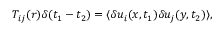
T _ { i j } ( r ) \delta ( t _ { 1 } - t _ { 2 } ) = \langle \delta u _ { i } ( \boldsymbol { x } , t _ { 1 } ) \delta u _ { j } ( \boldsymbol { y } , t _ { 2 } ) \rangle ,